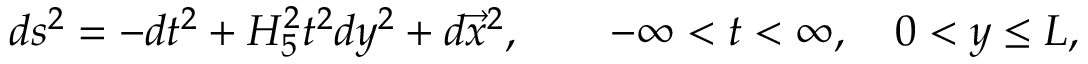
d s ^ { 2 } = - d t ^ { 2 } + H _ { 5 } ^ { 2 } t ^ { 2 } d y ^ { 2 } + d \vec { x } ^ { 2 } , \qquad - \infty < t < \infty , \quad 0 < y \leq L ,